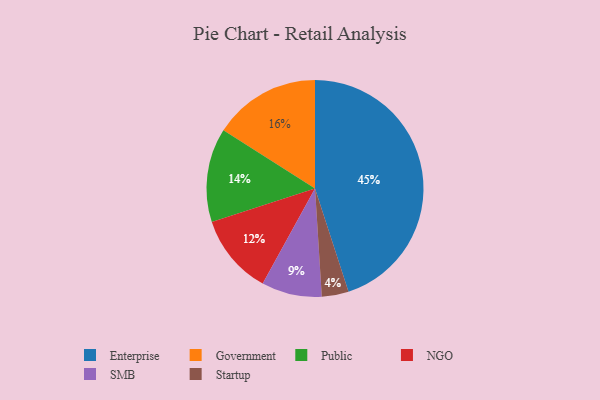
{"axis": {"x": "Category", "y": "Percentage"}, "legend": ["Enterprise", "Government", "NGO", "Public", "SMB", "Startup"], "data": [{"x": "Startup", "y": 4, "type": "Startup"}, {"x": "Enterprise", "y": 45, "type": "Enterprise"}, {"x": "SMB", "y": 9, "type": "SMB"}, {"x": "Government", "y": 16, "type": "Government"}, {"x": "NGO", "y": 12, "type": "NGO"}, {"x": "Public", "y": 14, "type": "Public"}]}